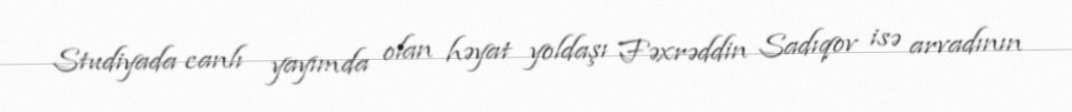
Studiyada canlı yayımda olan həyat yoldaşı Fəxrəddin Sadıqov isə arvadının